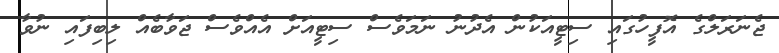
ޖެނަރަލްގެ އޮފީހުގައި ސިޓީއަކުން އެދުނު ނަމަވެސް ސިޓީއަށް އެއްވެސް ޖަވާބެއް ލިބިފައި ނުވާ